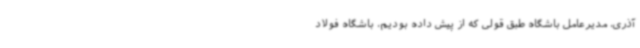
آذری، مدیرعامل باشگاه طبق قولی که از پیش داده بودیم، باشگاه فولاد